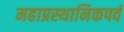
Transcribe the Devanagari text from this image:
महाप्रस्थानिकपर्व